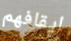
ايقافهم